Report on lock hospitals in British Burma
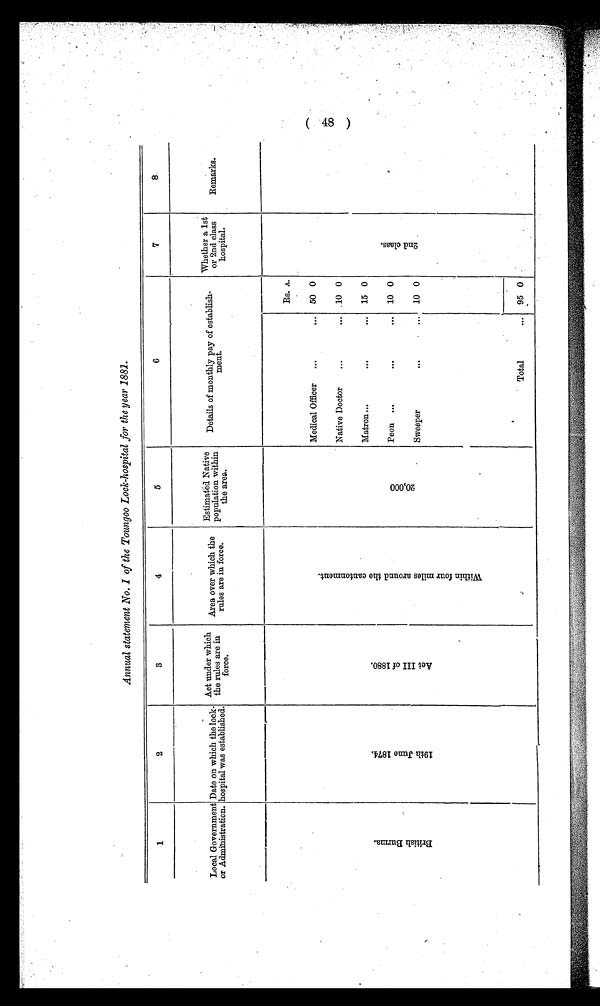
Annual statement No. I of the Toungoo Lock-hospital for the year 1881.
1
2
3
4
5
6
7
8
Local Government
or Administration.
Date on which the lock-
hospital was established.
Act under which
the rules are in
force.
Area over which the
rules are in force.
Estimated Native
population within
the area.
Details of monthly pay of establish-
ment.
Whether a 1st
or 2nd class
hospital.
Remarks.
B r i t i s h B u r m a .
1 9 t h J u n e 1 8 7 4 .
A c t I I I o f 1 8 8 0 .
W i t h i n f o u r m i l e s a r o u n d t h e c a n t o n m e n t .
2 0 . 0 0 0
Rs. A.
2 n d c l a s s .
Medical Officer
...
...
50 0
N a t i v e D o c t o r
. . .
. . . 10 0
Matron...
. . .
...
15 0
Peon ...
...
...
10 0
Sweeper
. . .
. . . 10 0
Total
...
95 0
( 48 )